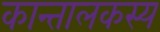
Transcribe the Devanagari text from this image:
कान्तालकस्य